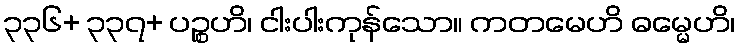
၃၃၆+ ၃၃၇+ ပဉ္စဟိ၊ ငါးပါးကုန်သော။ ကတမေဟိ ဓမ္မေဟိ၊